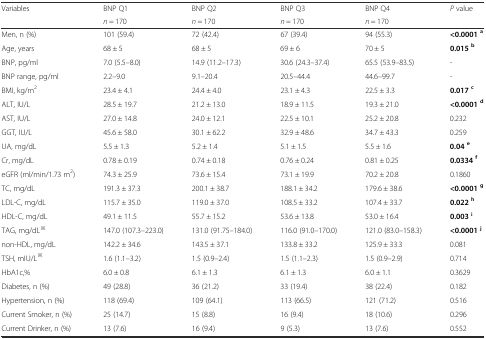
<table><thead><tr><td><b>Variables</b></td><td><b>BNP Q1</b></td><td><b>BNP Q2</b></td><td><b>BNP Q3</b></td><td><b>BNP Q4</b></td><td><b><i>P</i> value</b></td></tr><tr><td></td><td><b><i>n</i> = 170</b></td><td><b><i>n</i> = 170</b></td><td><b><i>n</i> = 170</b></td><td><b><i>n</i> = 170</b></td><td></td></tr></thead><tbody><tr><td>Men, n (%)</td><td>101 (59.4)</td><td>72 (42.4)</td><td>67 (39.4)</td><td>94 (55.3)</td><td><b>&lt;0.0001</b><sup><b>a</b></sup></td></tr><tr><td>Age, years</td><td>68 ± 5</td><td>68 ± 5</td><td>69 ± 6</td><td>70 ± 5</td><td><b>0.015</b><sup><b>b</b></sup></td></tr><tr><td>BNP, pg/ml</td><td>7.0 (5.5–8.0)</td><td>14.9 (11.2–17.3)</td><td>30.6 (24.3–37.4)</td><td>65.5 (53.9–83.5)</td><td>-</td></tr><tr><td>BNP range, pg/ml</td><td>2.2–9.0</td><td>9.1–20.4</td><td>20.5–44.4</td><td>44.6–99.7</td><td>-</td></tr><tr><td>BMI, kg/m<sup>2</sup></td><td>23.4 ± 4.1</td><td>24.4 ± 4.0</td><td>23.1 ± 4.3</td><td>22.5 ± 3.3</td><td><b>0.017</b><sup><b>c</b></sup></td></tr><tr><td>ALT, IU/L</td><td>28.5 ± 19.7</td><td>21.2 ± 13.0</td><td>18.9 ± 11.5</td><td>19.3 ± 21.0</td><td><b>&lt;0.0001</b><sup><b>d</b></sup></td></tr><tr><td>AST, IU/L</td><td>27.0 ± 14.8</td><td>24.0 ± 12.1</td><td>22.5 ± 10.1</td><td>25.2 ± 20.8</td><td>0.232</td></tr><tr><td>GGT, IU/L</td><td>45.6 ± 58.0</td><td>30.1 ± 62.2</td><td>32.9 ± 48.6</td><td>34.7 ± 43.3</td><td>0.259</td></tr><tr><td>UA, mg/dL</td><td>5.5 ± 1.3</td><td>5.2 ± 1.4</td><td>5.1 ± 1.5</td><td>5.5 ± 1.6</td><td><b>0.04</b><sup><b>e</b></sup></td></tr><tr><td>Cr, mg/dL</td><td>0.78 ± 0.19</td><td>0.74 ± 0.18</td><td>0.76 ± 0.24</td><td>0.81 ± 0.25</td><td><b>0.0334</b><sup><b>f</b></sup></td></tr><tr><td>eGFR (ml/min/1.73 m<sup>2</sup>)</td><td>74.3 ± 25.9</td><td>73.6 ± 15.4</td><td>73.1 ± 19.9</td><td>70.2 ± 20.8</td><td>0.1860</td></tr><tr><td>TC, mg/dL</td><td>191.3 ± 37.3</td><td>200.1 ± 38.7</td><td>188.1 ± 34.2</td><td>179.6 ± 38.6</td><td><b>&lt;0.0001</b><sup><b>g</b></sup></td></tr><tr><td>LDL-C, mg/dL</td><td>115.7 ± 35.0</td><td>119.0 ± 37.0</td><td>108.5 ± 33.2</td><td>107.4 ± 33.7</td><td><b>0.022</b><sup><b>h</b></sup></td></tr><tr><td>HDL-C, mg/dL</td><td>49.1 ± 11.5</td><td>55.7 ± 15.2</td><td>53.6 ± 13.8</td><td>53.0 ± 16.4</td><td><b>0.003</b><sup><b>i</b></sup></td></tr><tr><td>TAG, mg/dL<sup>※</sup></td><td>147.0 (107.3–223.0)</td><td>131.0 (91.75–184.0)</td><td>116.0 (91.0–170.0)</td><td>121.0 (83.0–158.3)</td><td><b>&lt;0.0001</b><sup><b>j</b></sup></td></tr><tr><td>non-HDL, mg/dL</td><td>142.2 ± 34.6</td><td>143.5 ± 37.1</td><td>133.8 ± 33.2</td><td>125.9 ± 33.3</td><td>0.081</td></tr><tr><td>TSH, mIU/L<sup>※</sup></td><td>1.6 (1.1–3.2)</td><td>1.5 (0.9–2.4)</td><td>1.5 (1.1–2.3)</td><td>1.5 (0.9–2.9)</td><td>0.714</td></tr><tr><td>HbA1c,%</td><td>6.0 ± 0.8</td><td>6.1 ± 1.3</td><td>6.1 ± 1.3</td><td>6.0 ± 1.1</td><td>0.3629</td></tr><tr><td>Diabetes, n (%)</td><td>49 (28.8)</td><td>36 (21.2)</td><td>33 (19.4)</td><td>38 (22.4)</td><td>0.182</td></tr><tr><td>Hypertension, n (%)</td><td>118 (69.4)</td><td>109 (64.1)</td><td>113 (66.5)</td><td>121 (71.2)</td><td>0.516</td></tr><tr><td>Current Smoker, n (%)</td><td>25 (14.7)</td><td>15 (8.8)</td><td>16 (9.4)</td><td>18 (10.6)</td><td>0.296</td></tr><tr><td>Current Drinker, n (%)</td><td>13 (7.6)</td><td>16 (9.4)</td><td>9 (5.3)</td><td>13 (7.6)</td><td>0.552</td></tr></tbody></table>